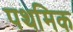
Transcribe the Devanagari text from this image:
पथमिक